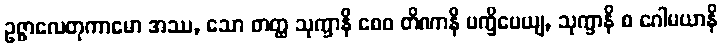
ဥဇ္ဇာလေတုကာမော အဿ, သော တတ္ထ သုက္ခာနိ စေဝ တိဏာနိ ပက္ခိပေယျ, သုက္ခာနိ စ ဂေါမယာနိ